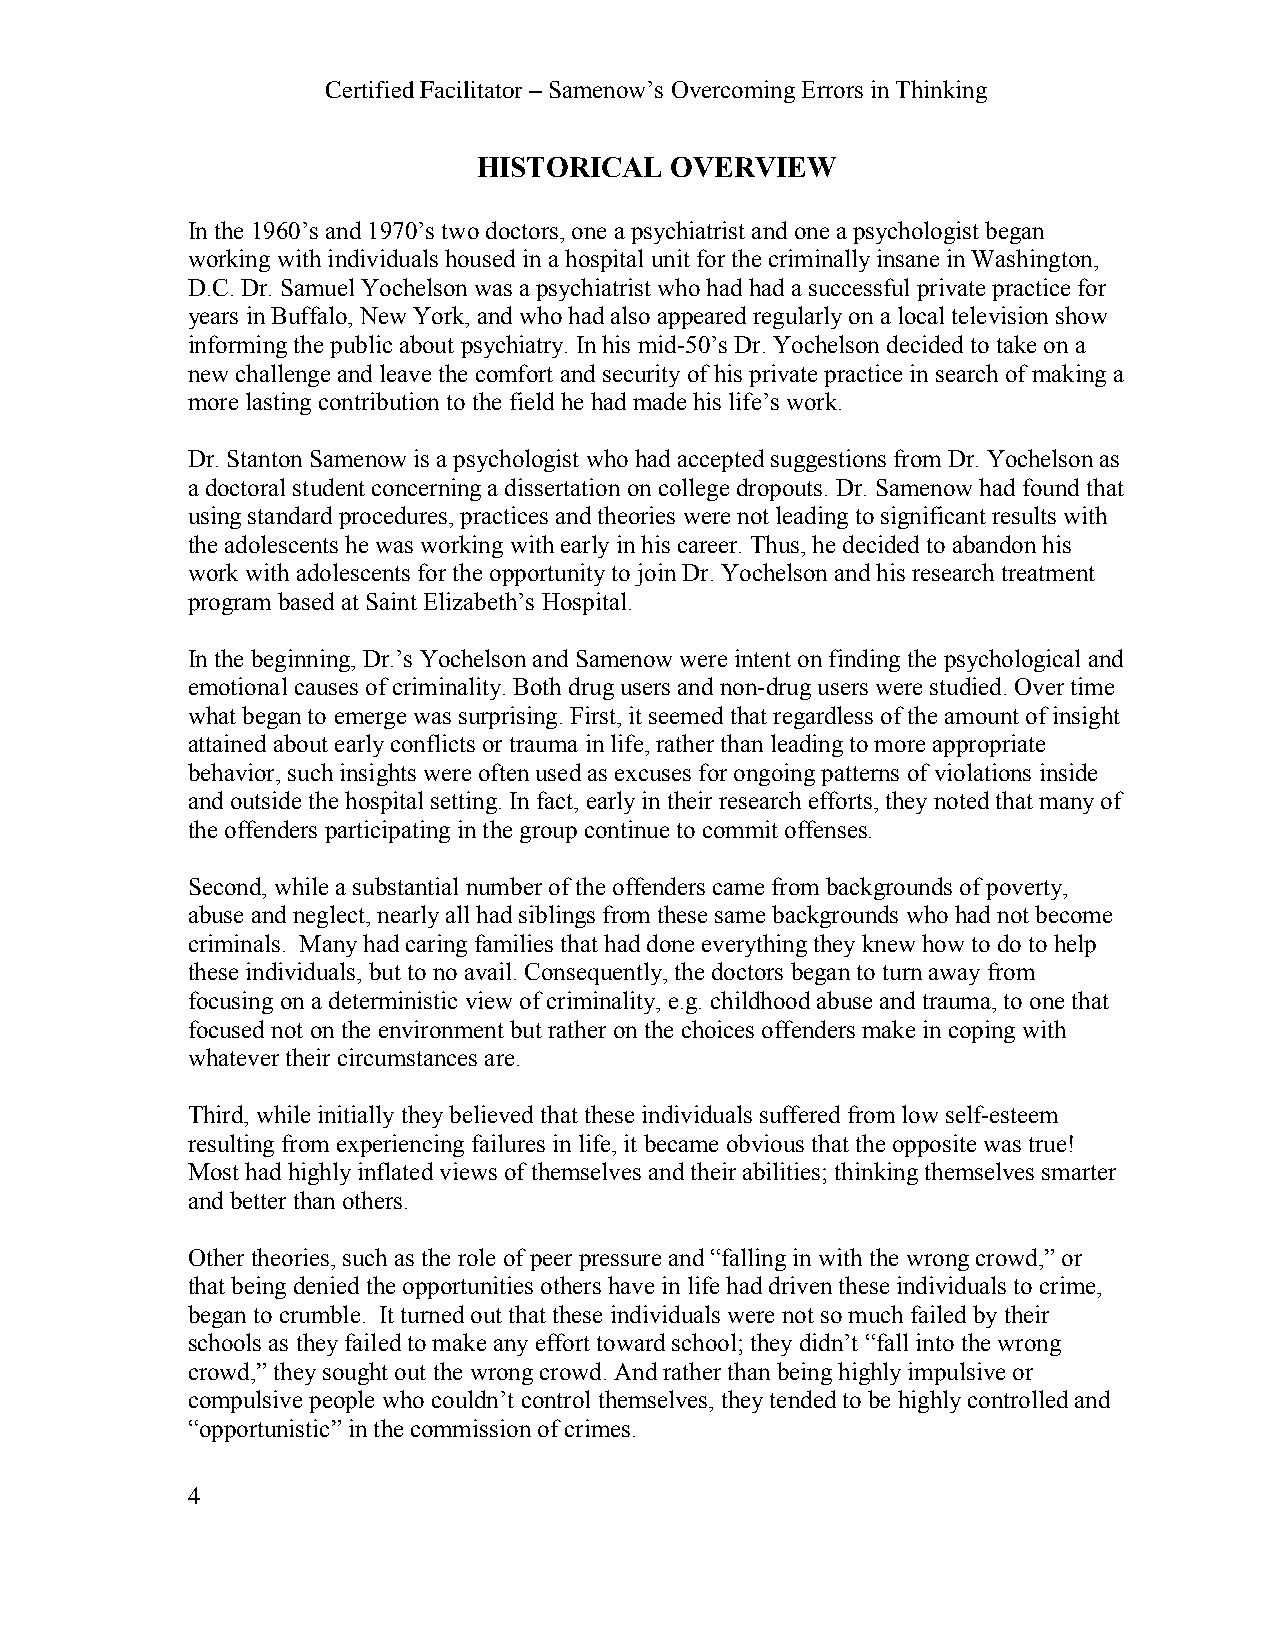
Certified Facilitator – Samenow’s Overcoming Errors in Thinking
 HISTORICAL  OVERVIEW
 In the 1960’s and 1970’s two doctors, one a psychiatrist and one a psychologist began
 working with individuals housed in a hospital unit for the criminally insane in Washington,
 D.C. Dr. Samuel Yochelson was a psychiatrist who had had a successful private practice for
 years in Buffalo, New York, and who had also appeared regularly on a local television show
 informing the public about psychiatry. In his mid-50’s Dr. Yochelson decided to take on a
 new challenge and leave the comfort and security of his private practice in search of making a
 more lasting contribution to the field he had made his life’s work.
 Dr. Stanton Samenow is a psychologist who had accepted suggestions from Dr. Yochelson as
 a doctoral student concerning a dissertation on college dropouts. Dr. Samenow had found that
 using standard procedures, practices and theories were not leading to significant results with
 the adolescents he was working with early in his career. Thus, he decided to abandon his
 work with adolescents for the opportunity to join Dr. Yochelson and his research treatment
 program based at Saint Elizabeth’s Hospital.
 In the beginning, Dr.’s Yochelson and Samenow were intent on finding the psychological and
 emotional causes of criminality. Both drug users and non-drug users were studied. Over time
 what began to emerge was surprising. First, it seemed that regardless of the amount of insight
 attained about early conflicts or trauma in life, rather than leading to more appropriate
 behavior, such insights were often used as excuses for ongoing patterns of violations inside
 and outside the hospital setting. In fact, early in their research efforts, they noted that many of
 the offenders participating in the group continue to commit offenses.
 Second, while a substantial number of the offenders came from backgrounds of poverty,
 abuse and neglect, nearly all had siblings from these same backgrounds who had not become
 criminals. Many had caring families that had done everything they knew how to do to help
 these individuals, but to no avail. Consequently, the doctors began to turn away from
 focusing on a deterministic view of criminality, e.g. childhood abuse and trauma, to one that
 focused not on the environment but rather on the choices offenders make in coping with
 whatever their circumstances are.
 Third, while initially they believed that these individuals suffered from low self-esteem
 resulting from experiencing failures in life, it became obvious that the opposite was true!
 Most had highly inflated views of themselves and their abilities; thinking themselves smarter
 and better than others.
 Other theories, such as the role of peer pressure and “falling in with the wrong crowd,” or
 that being denied the opportunities others have in life had driven these individuals to crime,
 began to crumble. It turned out that these individuals were not so much failed by their
 schools as they failed to make any effort toward school; they didn’t “fall into the wrong
 crowd,” they sought out the wrong crowd. And rather than being highly impulsive or
 compulsive people who couldn’t control themselves, they tended to be highly controlled and
 “opportunistic” in the commission of crimes.
 4